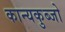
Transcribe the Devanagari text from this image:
कान्यकुब्जो